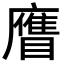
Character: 𥊹